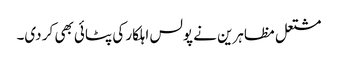
مشتعل مظاہرین نے پولس اہلکار کی پٹائی بھی کر دی۔